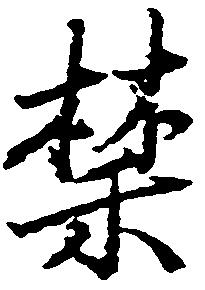
禁